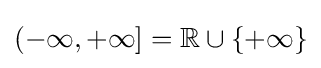
(-\infty ,+\infty ]=\mathbb {R} \cup \{+\infty \}